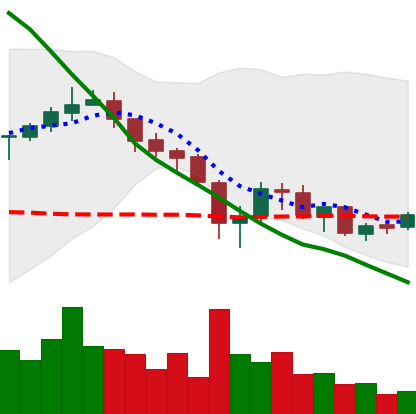
Ticker: XRP-USD
Chart end date: 2018-05-20
Forward return: -12.745%
Label: down_7plus